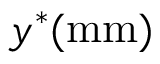
y ^ { * } ( \mathrm { m m } )